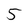
Character: 5